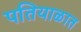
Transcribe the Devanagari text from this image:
पतियाळात